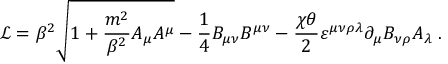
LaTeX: \mathcal { L } = \beta ^ { 2 } \sqrt { 1 + \frac { m ^ { 2 } } { \beta ^ { 2 } } A _ { \mu } A ^ { \mu } } - \frac { 1 } { 4 } B _ { \mu \nu } B ^ { \mu \nu } - \frac { \chi \theta } { 2 } \varepsilon ^ { \mu \nu \rho \lambda } \partial _ { \mu } B _ { \nu \rho } A _ { \lambda } \; .